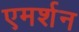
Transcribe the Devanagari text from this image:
एमर्शन